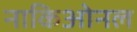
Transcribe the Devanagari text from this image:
नाकिओनल